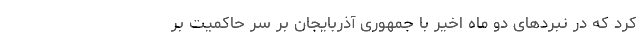
کرد که در نبردهای دو ماه اخیر با جمهوری آذربایجان بر سر حاکمیت بر